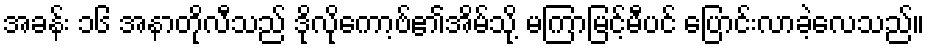
အခန်း ၁၆ အနာတိုလီသည် ဒိုလိုကော့ဗ်၏အိမ်သို့ မကြာမြင့်မီပင် ပြောင်းလာခဲ့လေသည်။